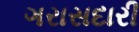
ગરાસદારી